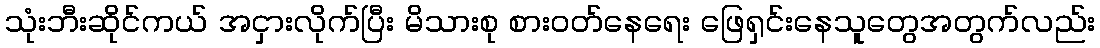
သုံးဘီးဆိုင်ကယ် အငှားလိုက်ပြီး မိသားစု စားဝတ်နေရေး ဖြေရှင်းနေသူတွေအတွက်လည်း